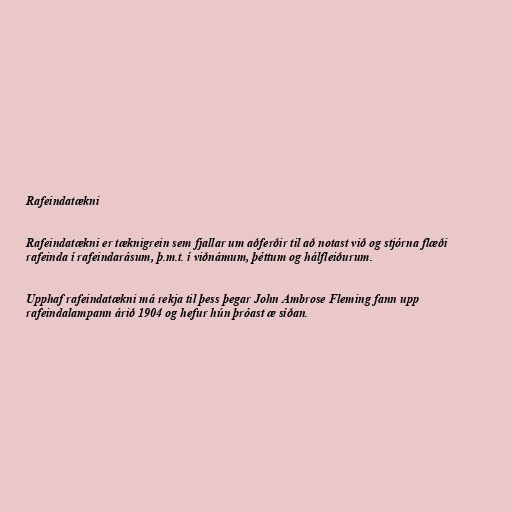
Rafeindatækni

Rafeindatækni er tæknigrein sem fjallar um aðferðir til að notast við og stjórna flæði
rafeinda í rafeindarásum, þ.m.t. í viðnámum, þéttum og hálfleiðurum.

Upphaf rafeindatækni má rekja til þess þegar John Ambrose Fleming fann upp
rafeindalampann árið 1904 og hefur hún þróast æ síðan.